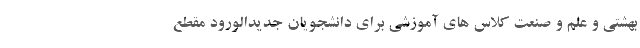
بهشتی و علم و صنعت کلاس های آموزشی برای دانشجویان جدیدالورود مقطع